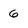
Character: 6